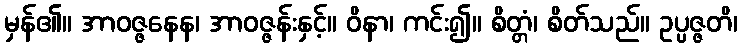
မှန်၏။ အာဝဇ္ဇနေန၊ အာဝဇ္ဇန်းနှင့်။ ဝိနာ၊ ကင်း၍။ စိတ္တံ၊ စိတ်သည်။ ဥပ္ပဇ္ဇတိ၊